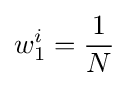
w_{1}^{i}={\frac {1}{N}}